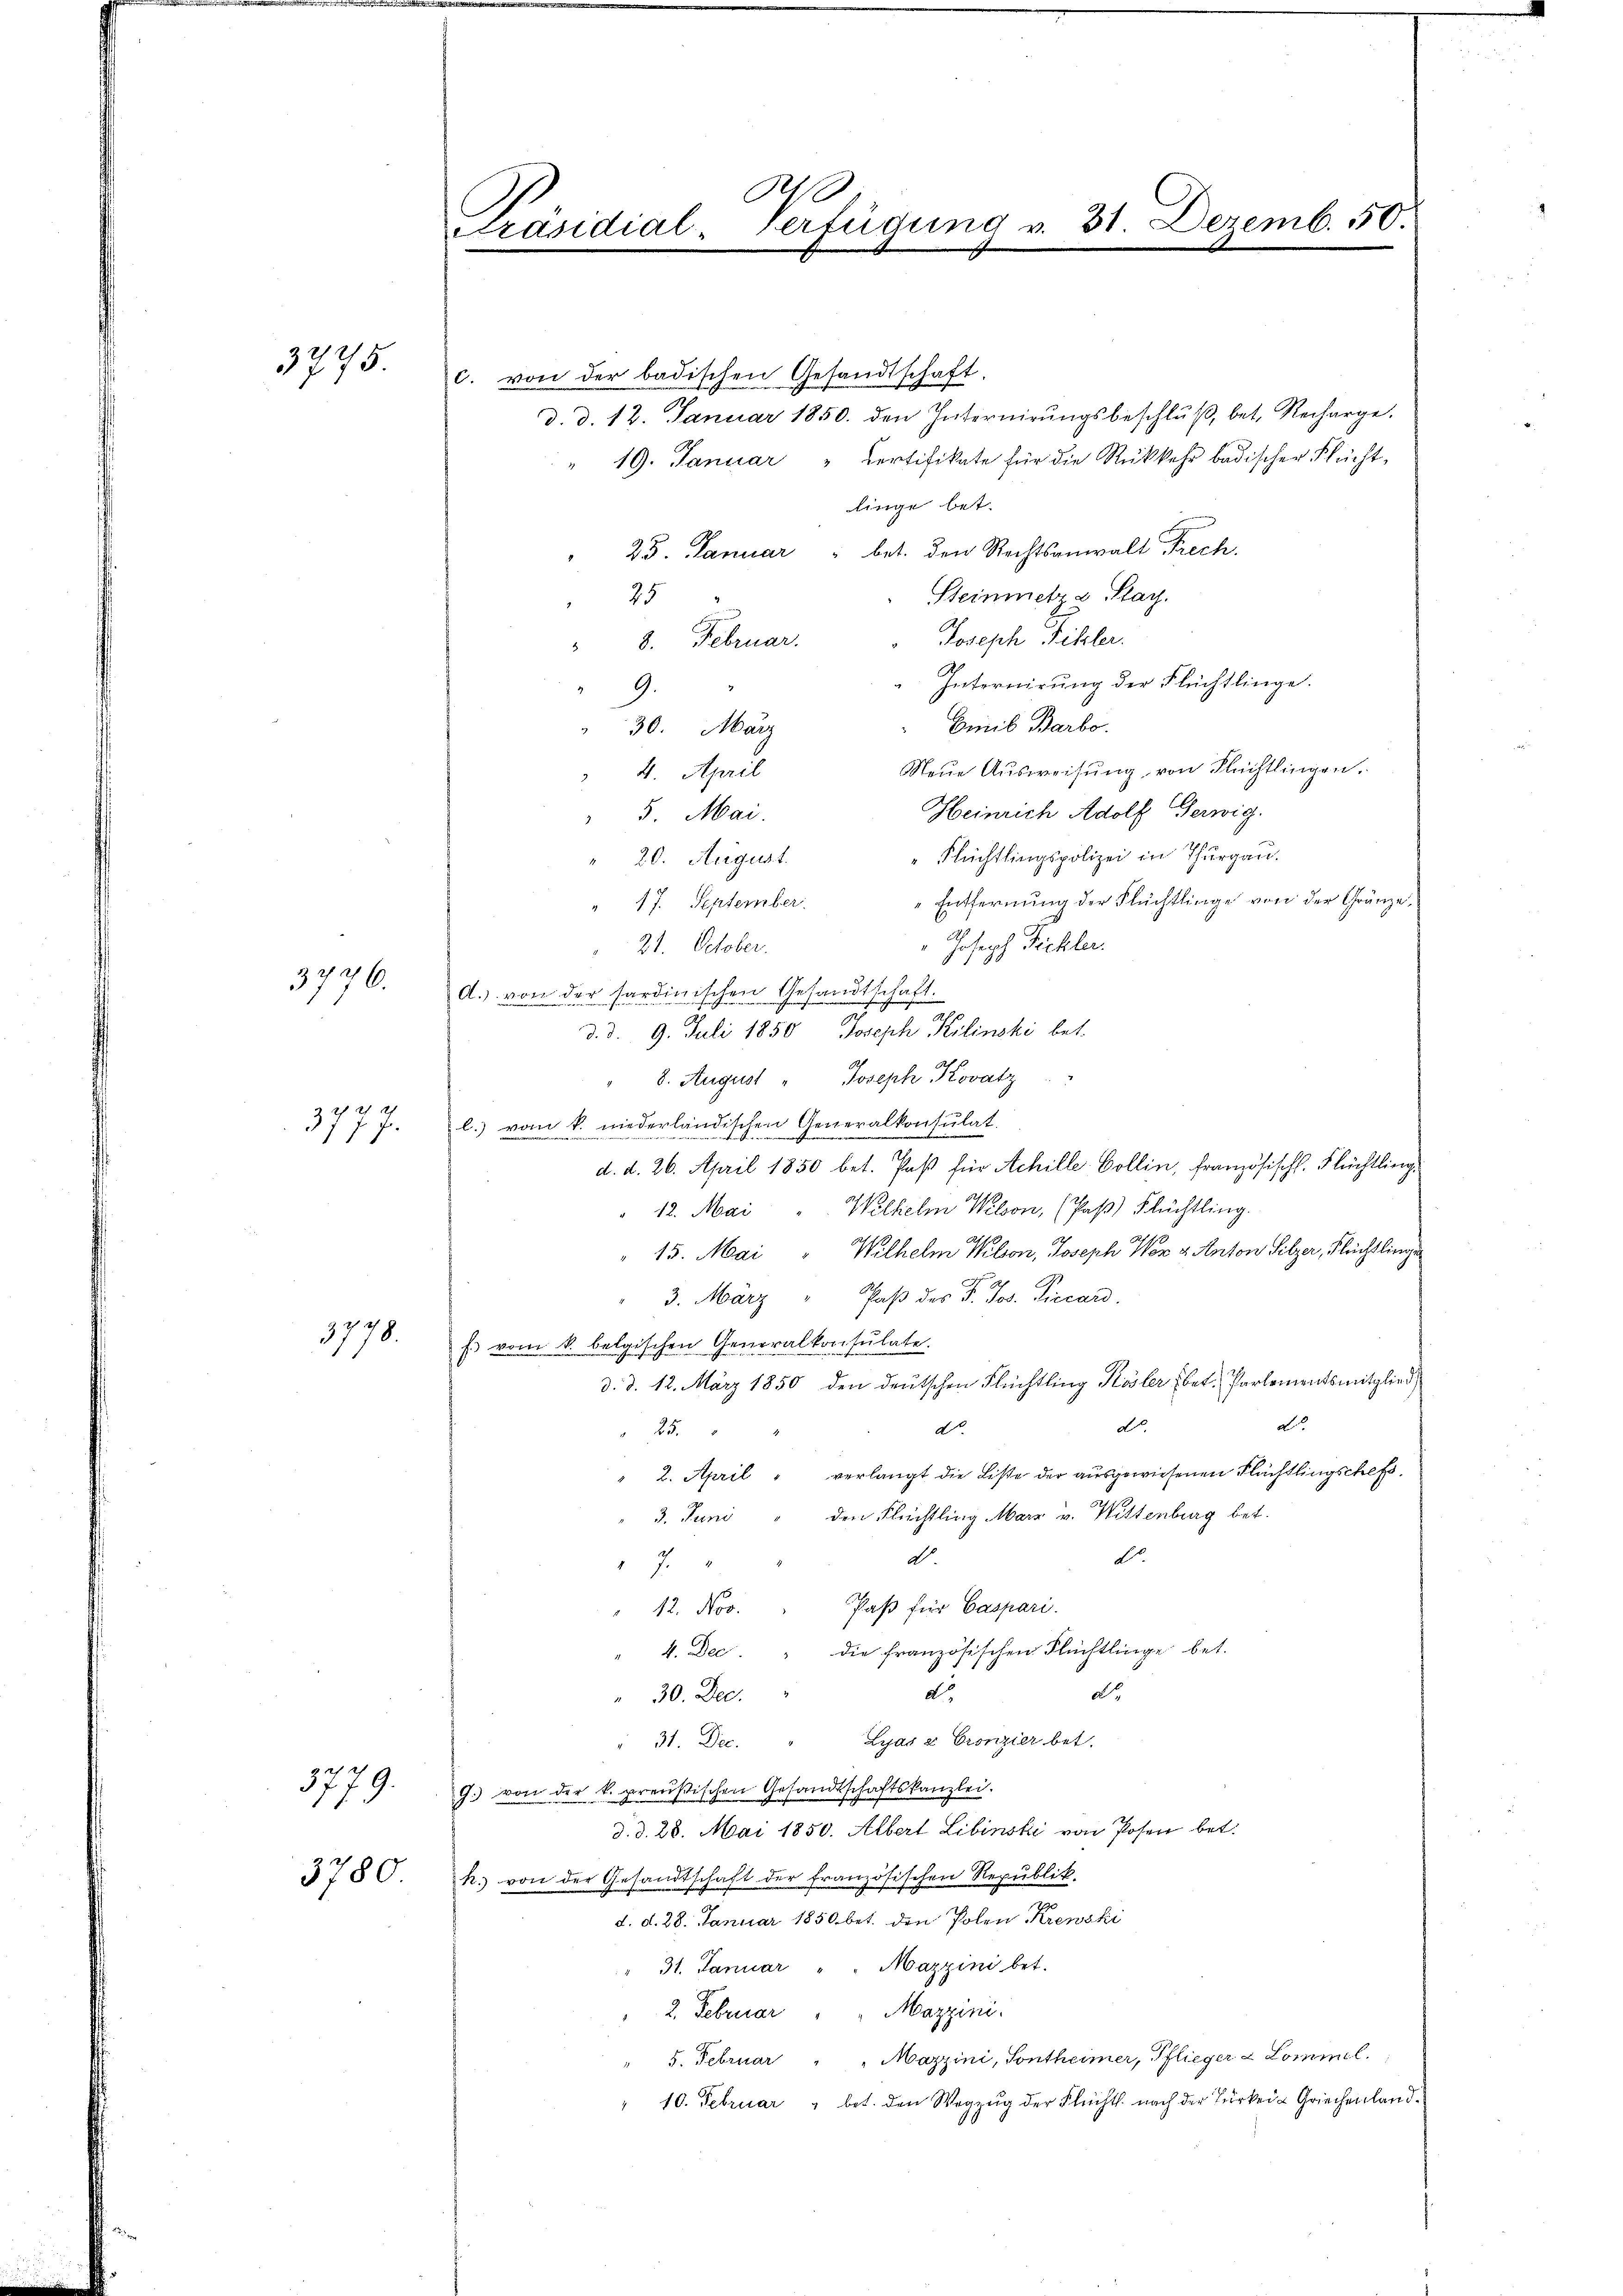
3775.

3776.

22
37 f. 7

3718.

x

ah ich
779.

3780

a
Präsidial-Verfügung v. 31. Dezemb. 50.

c. von der badischen Gesandtschaft.
d. d. 12. Januar 1850. den Internirungsbeschluß, betr. Recharge.
" 19. Januar " Certifikate für die Rückkehr badischer Flüchtlinge bet
25. Januar " bet. den Rechtsanwalt Frech
Steinmetza Plag.
25
Joseph Biller.
8. Februar.
Internirung der Flüchtlinge.
9.
Emib Barbo.
30. März
Neue Ausweisung von Flüchtlingen.
4. April
Heinrich Adolf Gerwig.
 5. Mai.
Flüchtlingspolizei in Thurgau.
20. August.
Entfernung der Flüchtlinge von der Gränze
17. September.
Joseph Fickler.
21. October.
A. von der sardinischen Gesandtschaft.
d. d. 9. Juli 1850 Joseph Kilinski bet
8. August " Joseph Kovatz
l. vom k. niederländischen Generalkonsulat.
d. d. 26. April 1850 bet. Paß für Achille Collin, französischt. Flüchtling.
12. Mai Wilhelm Welson, (Paß) Flüchtling.
15. Mai "Wilhelm Klon, Joseph Vor u. Anton Sitzer, Flüchtlinge
3. März " Paß des P. Jos. Piccard.
E vom k. belgischen Generalkonsulate.
d. d. 12. März 1850 den deutschen Flüchtling Kösler (bet. Partementsmitglied
d
do.
d.
25.
" 2. April " verlangt die Liste der ausgewiesenen Flächtlingschaf¬
3. Juni " den Flüchtling Marz v. Wittenburg bet.
2.
dt.
7
12. Nov. " Paß für Caspari.
4. Dec. " die französischen Flüchtlinge bet.
do
dto.
30. Dec.
31. Dec. " Lyas à Cronzier bet
J. von der k. preußischen Gesandtschaftskanzlei.
d. d. 28. Mai 1850. Albert Libinski von Posen bet.
h. von der Gesandtschaft der französischen Republik.
d. d. 28. Januar 1850 bet. den Polen Krewski
31. Januar " " Mazzini bet.
2. Februar " " Mazzini.
5. Februar " " Mazzini, Sontheimer, Pflieger & Lommel.
" 10. Februar  bet. den Wegzŭg der Flüchtl. nach der Türkeit Griechenland¬